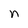
Character: n